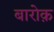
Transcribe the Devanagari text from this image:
बारोक़